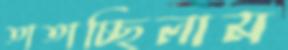
তাতাচ্ছিলাম